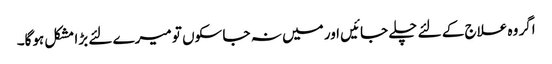
اگر وہ علاج کے لئے چلے جائیں اور میں نہ جا سکوں تو میرے لئے بڑا مشکل ہوگا۔